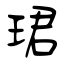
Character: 珺